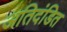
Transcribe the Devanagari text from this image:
अतिदंडित